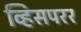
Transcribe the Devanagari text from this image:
व्हिसपरर